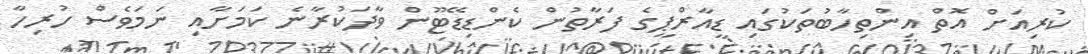
ކުރިއަށް އޮތް އިންތިހާބުތަކުގައި ޑީއާރްޕީގެ ފަރާތުން ކެންޑިޑޭޓޫން ވާދަކުރާނެ ކަމަށާއި ނަމަވެސް ހުރިހާ